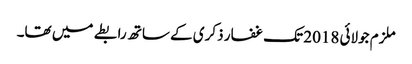
ملزم جولائی 2018 تک غفار ذکری کے ساتھ رابطے میں تھا۔